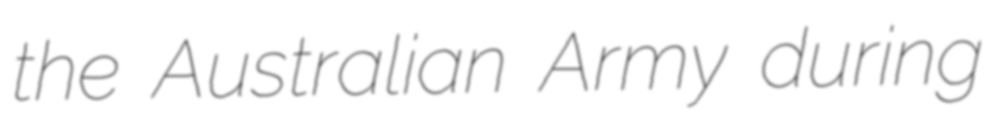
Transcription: the Australian Army during